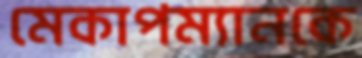
মেকাপম্যানকে